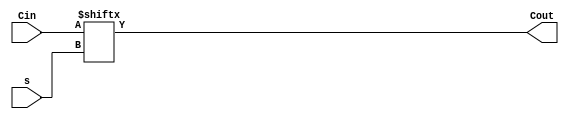
//Jin Chul, Rhim 
// Lab 2. Arithmetic Circuit  



/*
	Multiplexer
	Input: 4 input 
	Selector: 2 selector 
	Output: 1 output 
*/

module Multiplexer4by1 (Cin, s,Cout);
	input [3:0]Cin;
	input [1:0]s;
	output Cout; 
	
	assign Cout = Cin[s]; 
	
endmodule
	
	
/*
	Full Adder 
	Input: A, B, Carry In
	Output: carry out
*/

	
module FullAdder(A,B,Cin,Sum,Cout);
	input A;
	input B; 
	input Cin;
	output Sum; 
	output Cout; 
	
	// XOR = (A+B)*(A'+B')
	// Sum = ((A XOR B) XOR Cin)
	
	assign Sum = (A ^ B) ^ Cin; 
	assign Cout = (A && B) || (A && Cin) || (Cin && B);
	
endmodule
// S1 S0
// 00: A + B + Cin 
// 01: A + B' + Cin
// 10: A' + B + Cin 
// 11: B' + Cin

module Arithmetic_Circuit(Cin, S, A, B, D, Cout);
	input Cin; 
	input [1:0]S; 
	input [3:0]A; 
	input [3:0]B; 
	
	output[3:0]D;
	output Cout; 
	
	wire [3:0]A_FAinput; 
	wire [3:0]B_FAinput;
	wire [2:0]Cout_Wire; 
	
	//Multiplexer4by1 (Cin,S,Cout)
	//Multiplexer for A[3:0]
	
	Multiplexer4by1 MP0(.Cin({~S[1],~A[0],A[0], A[0]}),.s(S), .Cout(A_FAinput[0]));
	Multiplexer4by1 MP2(.Cin({~S[1],~A[1],A[1], A[1]}),.s(S), .Cout(A_FAinput[1]));
	Multiplexer4by1 MP4(.Cin({~S[1],~A[2],A[2], A[2]}),.s(S), .Cout(A_FAinput[2]));
	Multiplexer4by1 MP6(.Cin({~S[1],~A[3],A[3], A[3]}),.s(S), .Cout(A_FAinput[3]));
	
	//Multiplexer for B[3:0]
	
	Multiplexer4by1 MP1(.Cin({~B[0], B[0],~B[0],B[0]}),.s(S), .Cout(B_FAinput[0]));
	Multiplexer4by1 MP3(.Cin({~B[1], B[1],~B[1],B[1]}),.s(S), .Cout(B_FAinput[1]));
	Multiplexer4by1 MP5(.Cin({~B[2], B[2],~B[2],B[2]}),.s(S), .Cout(B_FAinput[2]));
	Multiplexer4by1 MP7(.Cin({~B[3], B[3],~B[3],B[3]}),.s(S), .Cout(B_FAinput[3]));
	
	
	FullAdder FA0(A_FAinput[0], B_FAinput[0], Cin, D[0], Cout_Wire[0]);
	FullAdder FA1(A_FAinput[1], B_FAinput[1], Cout_Wire[0], D[1], Cout_Wire[1]);
	FullAdder FA2(A_FAinput[2], B_FAinput[2], Cout_Wire[1], D[2], Cout_Wire[2]);
	FullAdder FA3(A_FAinput[3], B_FAinput[3], Cout_Wire[2], D[3], Cout);



	//final output 
	// D[0], D[1], D[2], D[3] and Cout_Wire[3]
	
endmodule